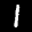
Label: 1